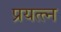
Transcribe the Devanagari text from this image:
प्रयत्त्न